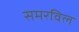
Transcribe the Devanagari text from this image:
समरविल